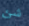
شئ